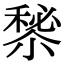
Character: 𥡁